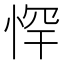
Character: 𭝃